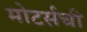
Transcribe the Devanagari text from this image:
मोटर्सची